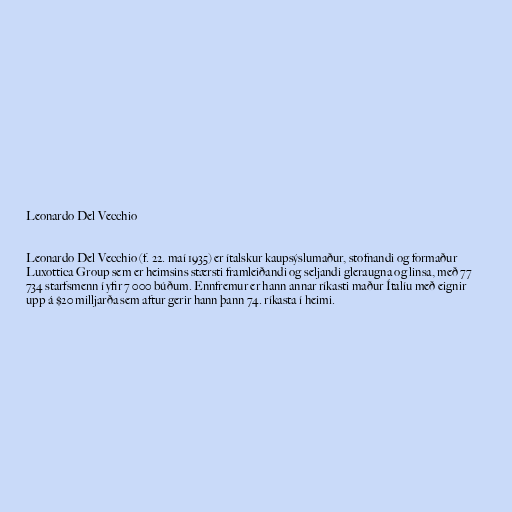
Leonardo Del Vecchio

Leonardo Del Vecchio (f. 22. maí 1935) er ítalskur kaupsýslumaður, stofnandi og formaður
Luxottica Group sem er heimsins stærsti framleiðandi og seljandi gleraugna og linsa, með 77
734 starfsmenn í yfir 7 000 búðum. Ennfremur er hann annar ríkasti maður Ítalíu með eignir
upp á $20 milljarða sem aftur gerir hann þann 74. ríkasta í heimi.